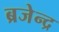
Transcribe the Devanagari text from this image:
ब्रजेन्‍द्र